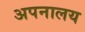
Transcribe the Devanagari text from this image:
अपनालय